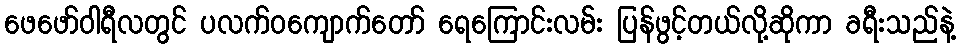
ဖေဖော်ဝါရီလတွင် ပလက်ဝကျောက်တော် ရေကြောင်းလမ်း ပြန်ဖွင့်တယ်လို့ဆိုကာ ခရီးသည်နဲ့